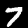
Label: 7